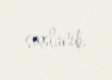
saxlanıb.